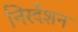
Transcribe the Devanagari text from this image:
निरर्देशन